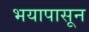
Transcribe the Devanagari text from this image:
भयापासून